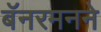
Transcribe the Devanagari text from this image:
बॅनरमनने